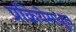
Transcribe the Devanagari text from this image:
प्रक्रियेमधून